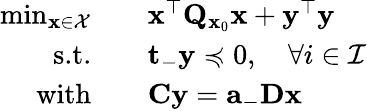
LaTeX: \begin{array}{rl}{\operatorname*{min}_{\mathbf{x}\in\mathcal{X}}\quad}&{\mathbf{x}^{\top}\mathbf{Q}_{\mathbf{x}_{0}}\mathbf{x}+\mathbf{y}^{\top}\mathbf{y}}\\ {\textrm{s.t.}\quad}&{\mathbf{t}_-\mathbf{y}\preccurlyeq 0,\quad\forall i\in\mathcal{I}}\\ {\textrm{with}\quad}&{\mathbf{C}\mathbf{y}=\mathbf{a}_-\mathbf{D}\mathbf{x}}\end{array}